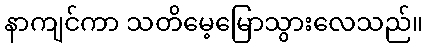
နာကျင်ကာ သတိမေ့မြောသွားလေသည်။